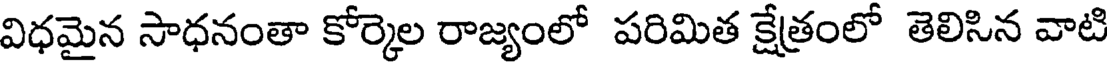
విధమైన సాధనంతా కోర్కెల రాజ్యంలో పరిమిత క్షేత్రంలో తెలిసిన వాటి